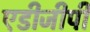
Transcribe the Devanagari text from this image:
एडीजीपी